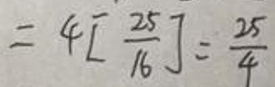
\[
=4\left[\frac{25}{16}\right]=\frac{25}{4}
\]